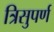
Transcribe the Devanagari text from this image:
त्रिसुपर्ण